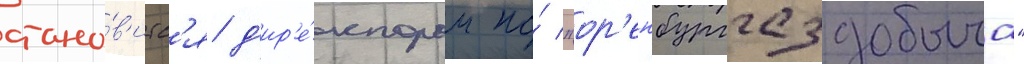
стано́в'итс'я д'ир'е́ктором по́ "ор'енбурггаздобыча"